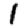
Digit: 1